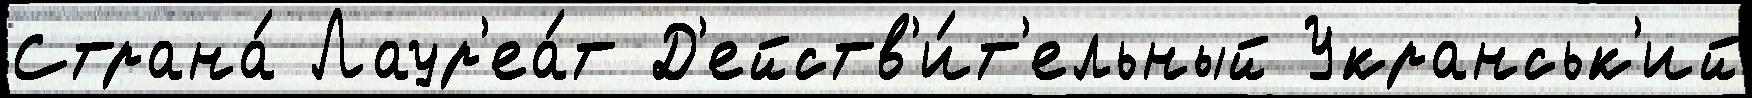
Страна́ Лаур'еа́т Д'ейств'и́т'ельный Укранськ'ий